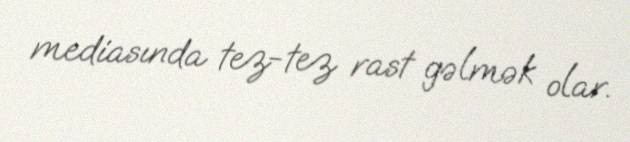
mediasında tez-tez rast gəlmək olar.